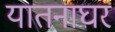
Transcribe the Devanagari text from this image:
यातनाघर